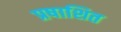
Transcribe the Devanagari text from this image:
प्रषाशित